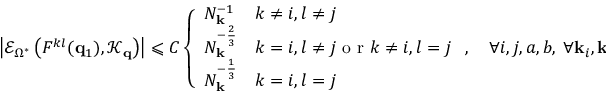
\left| \mathcal { E } _ { \Omega ^ { * } } \left( F ^ { k l } ( \mathbf { q } _ { 1 } ) , \mathcal { K } _ { \mathbf { q } } \right) \right| \leqslant C \left\{ \begin{array} { l l } { N _ { \mathbf { k } } ^ { - 1 } } & { k \neq i , l \neq j } \\ { N _ { \mathbf { k } } ^ { - \frac 2 3 } } & { k = i , l \neq j \mathrm { ~ o ~ r ~ } k \neq i , l = j } \\ { N _ { \mathbf { k } } ^ { - \frac 1 3 } } & { k = i , l = j } \end{array} \right. , \quad \forall i , j , a , b , \ \forall \mathbf { k } _ { i } , \mathbf { k } _ { j } , \mathbf { k } _ { a } \in \mathcal { K } .